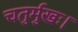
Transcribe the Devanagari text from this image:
चतुर्मुखः।